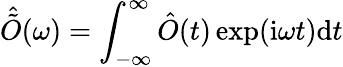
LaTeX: \hat{\tilde{O}}(\omega)=\int_{-\infty}^{\infty}\hat{O}(t)\exp(\mathrm{i}\omega t)\mathrm{d}t